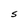
Character: S